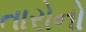
તારોનો